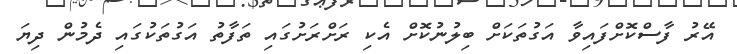
އޭރު ފާސްކޮށްފައިވާ އަގުތަކަށް ބިލުނުކޮށް އެކި ރަށްރަށުގައި ތަފާތު އަގުތަކުގައި ދެމުން ދިޔަ